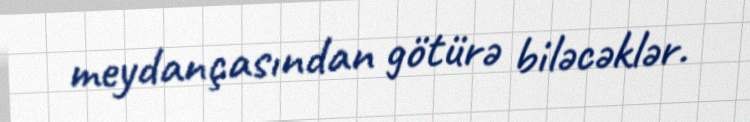
meydançasından götürə biləcəklər.